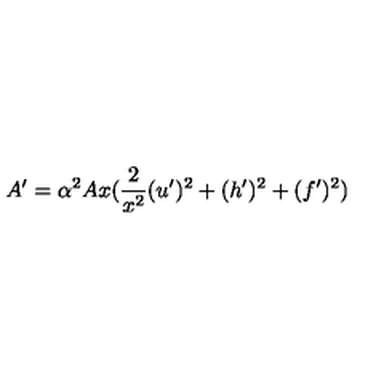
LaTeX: A ^ { \prime } = \alpha ^ { 2 } A x ( \frac { 2 } { x ^ { 2 } } ( u ^ { \prime } ) ^ { 2 } + ( h ^ { \prime } ) ^ { 2 } + ( f ^ { \prime } ) ^ { 2 } )